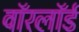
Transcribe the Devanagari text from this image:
वॉरलॉर्ड